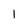
Character: l